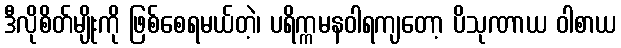
ဒီလိုစိတ်မျိုးကို ဖြစ်စေရမယ်တဲ့၊ ပရိက္ကမနဝါရကျတော့ ပိသုဏာယ ဝါစာယ